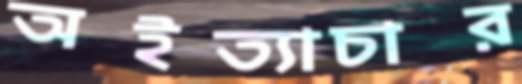
অইত্যাচার